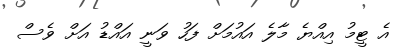
އެ ޓީމު އިއްޔެ މާލެ އައުމަށް ފަހު ވަނީ އައްޑު އަށް ވެސް